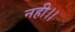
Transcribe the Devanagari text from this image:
नही।।